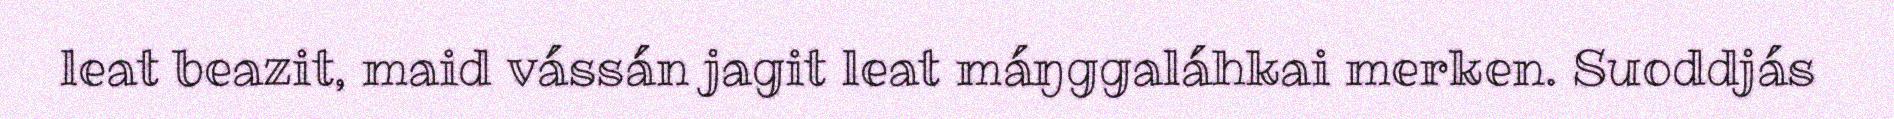
leat beazit, maid vássán jagit leat máŋggaláhkai merken. Suoddjás